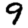
Digit: 9